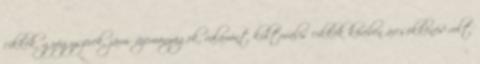
cikkek, gyógyszerek, járműüzemanyagok, valamint kulturális cikkek körében árcsökkenés volt